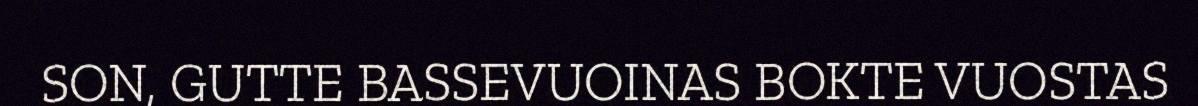
SON, GUTTE BASSEVUOINAS BOKTE VUOSTAS